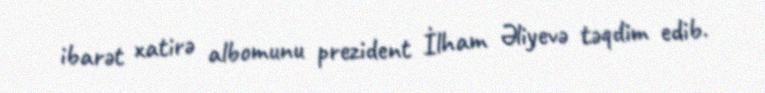
ibarət xatirə albomunu prezident İlham Əliyevə təqdim edib.